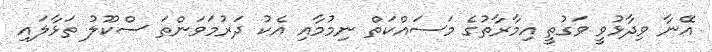
އޭނާ ވިދާޅުވީ ވަގުތީ އިމާރާތުގެ މަސައްކަތް ނިމުމާއި އެކު ދަރުމަވަންތަ ސްކޫލު ތަޅާލައި